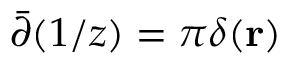
\bar { \partial } ( 1 / z ) = \pi \delta ( \mathbf { r } )